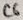
Text: C6